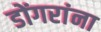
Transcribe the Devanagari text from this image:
डोंगरांना